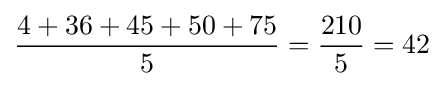
{\frac {4+36+45+50+75}{5}}={\frac {210}{5}}=42